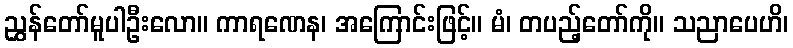
ညွှန်တော်မူပါဦးလော။ ကာရဏေန၊ အကြောင်းဖြင့်။ မံ၊ တပည့်တော်ကို။ သညာပေဟိ၊